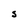
Character: S